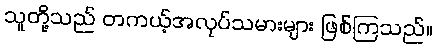
သူတို့သည် တကယ့်အလုပ်သမားများ ဖြစ်ကြသည်။